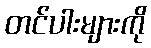
တင်ပါးများကို